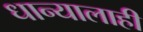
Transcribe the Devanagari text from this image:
धान्यालाही